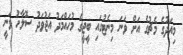
މިއަދުގެ މެޗުގެ އަށް ވަނަ މިނެޓުގައި ބީޖީގެ މުހައްމަދު އަޖުވަދު ސޮލާހު ވަނީ